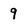
Character: 9